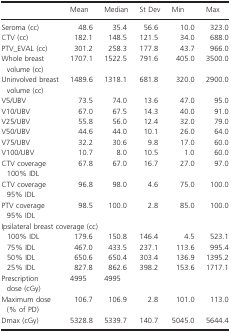
<table><thead><tr><td></td><td><b>Mean</b></td><td><b>Median</b></td><td><b>St Dev</b></td><td><b>Min</b></td><td><b>Max</b></td></tr></thead><tbody><tr><td>Seroma (cc)</td><td>48.6</td><td>35.4</td><td>56.6</td><td>10.0</td><td>323.0</td></tr><tr><td>CTV (cc)</td><td>182.1</td><td>148.5</td><td>121.5</td><td>34.0</td><td>688.0</td></tr><tr><td>PTV_EVAL (cc)</td><td>301.2</td><td>258.3</td><td>177.8</td><td>43.7</td><td>966.0</td></tr><tr><td>Whole breast volume (cc)</td><td>1707.1</td><td>1522.5</td><td>791.6</td><td>405.0</td><td>3500.0</td></tr><tr><td>Uninvolved breast volume (cc)</td><td>1489.6</td><td>1318.1</td><td>681.8</td><td>320.0</td><td>2900.0</td></tr><tr><td>V5/UBV</td><td>73.5</td><td>74.0</td><td>13.6</td><td>47.0</td><td>95.0</td></tr><tr><td>V10/UBV</td><td>67.0</td><td>67.5</td><td>14.3</td><td>40.0</td><td>91.0</td></tr><tr><td>V25/UBV</td><td>55.8</td><td>56.0</td><td>12.4</td><td>32.0</td><td>79.0</td></tr><tr><td>V50/UBV</td><td>44.6</td><td>44.0</td><td>10.1</td><td>26.0</td><td>64.0</td></tr><tr><td>V75/UBV</td><td>32.2</td><td>30.6</td><td>9.8</td><td>17.0</td><td>60.0</td></tr><tr><td>V100/UBV</td><td>10.7</td><td>8.0</td><td>10.5</td><td>1.0</td><td>60.0</td></tr><tr><td>CTV coverage 100% IDL</td><td>67.8</td><td>67.0</td><td>16.7</td><td>27.0</td><td>97.0</td></tr><tr><td>CTV coverage 95% IDL</td><td>96.8</td><td>98.0</td><td>4.6</td><td>75.0</td><td>100.0</td></tr><tr><td>PTV coverage 95% IDL</td><td>98.5</td><td>100.0</td><td>2.8</td><td>85.0</td><td>100.0</td></tr><tr><td colspan="6">Ipsilateral breast coverage (cc)</td></tr><tr><td> 100% IDL</td><td>179.6</td><td>150.8</td><td>146.4</td><td>4.5</td><td>523.1</td></tr><tr><td> 75% IDL</td><td>467.0</td><td>433.5</td><td>237.1</td><td>113.6</td><td>995.4</td></tr><tr><td> 50% IDL</td><td>650.6</td><td>650.4</td><td>303.4</td><td>136.9</td><td>1395.2</td></tr><tr><td> 25% IDL</td><td>827.8</td><td>862.6</td><td>398.2</td><td>153.6</td><td>1717.1</td></tr><tr><td>Prescription dose (cGy)</td><td>4995</td><td>4995</td><td></td><td></td><td></td></tr><tr><td>Maximum dose (% of PD)</td><td>106.7</td><td>106.9</td><td>2.8</td><td>101.0</td><td>113.0</td></tr><tr><td>Dmax (cGy)</td><td>5328.8</td><td>5339.7</td><td>140.7</td><td>5045.0</td><td>5644.4</td></tr></tbody></table>